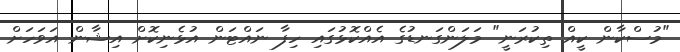
"މުސްކާން ކީއް ތިކުރަނީ" މަލަންގަނޑުގެ އެއްކޮޅުގައި ހިފާ ނައްޓަން އުޅެނިކޮށް އިޝާން އަވަހަށް